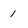
Character: 1